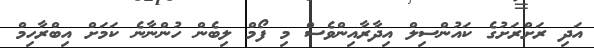
އަދި ރަށްރަށުގެ ކައުންސިލް އިދާރާއިންވެސް މި ފޯމް ލިބެން ހުންނާނެ ކަމަށް އިބްރާހިމް